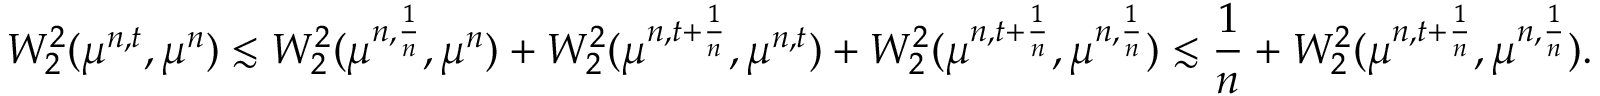
W _ { 2 } ^ { 2 } ( \mu ^ { n , t } , \mu ^ { n } ) \lesssim W _ { 2 } ^ { 2 } ( \mu ^ { n , \frac { 1 } { n } } , \mu ^ { n } ) + W _ { 2 } ^ { 2 } ( \mu ^ { n , t + \frac { 1 } { n } } , \mu ^ { n , t } ) + W _ { 2 } ^ { 2 } ( \mu ^ { n , t + \frac { 1 } { n } } , \mu ^ { n , \frac { 1 } { n } } ) \lesssim \frac { 1 } { n } + W _ { 2 } ^ { 2 } ( \mu ^ { n , t + \frac { 1 } { n } } , \mu ^ { n , \frac { 1 } { n } } ) .